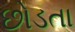
છોડતા